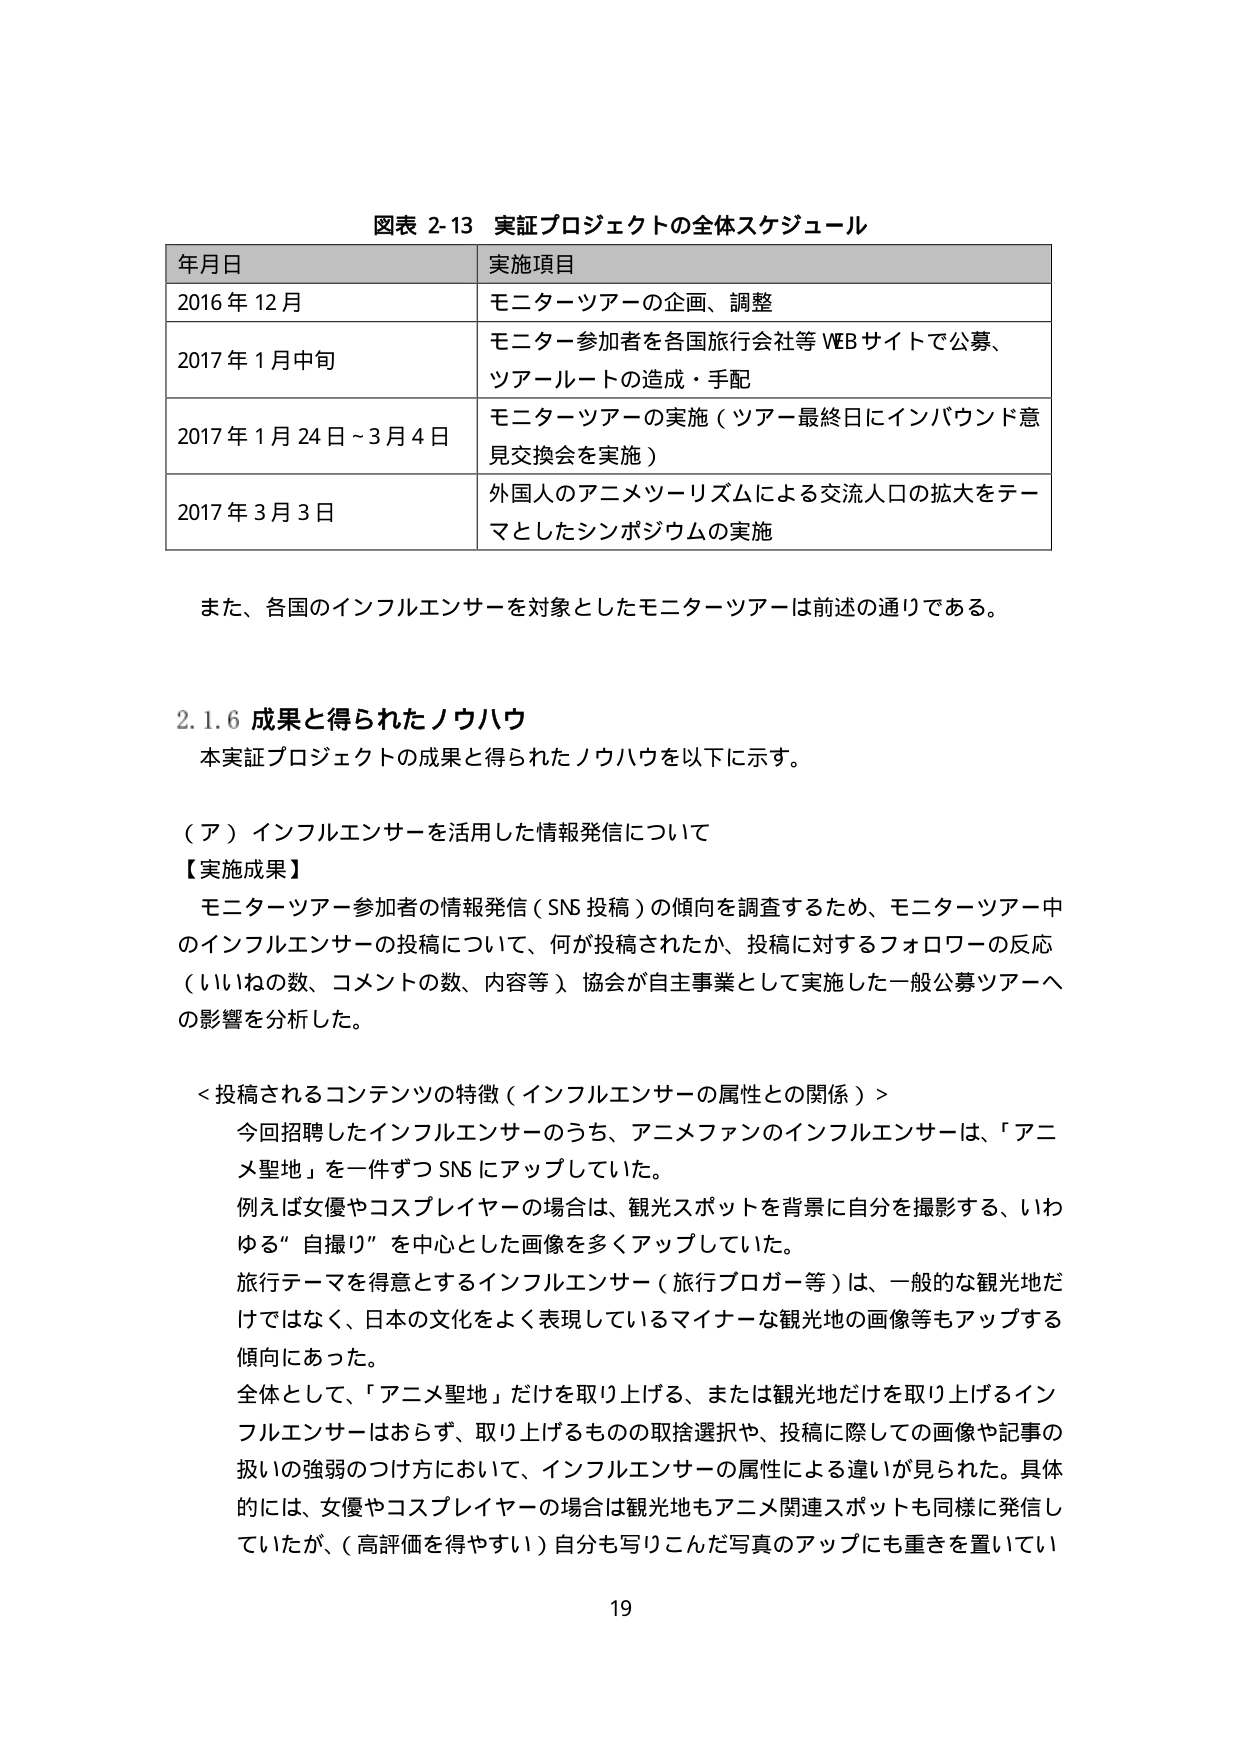
図表 2-13 実証プロジェクトの全体スケジュール

年月日 実施項目
2016年12月 モニターツアーの企画、調整
2017年1月中旬 モニター参加者を各国旅行会社等WEBサイトで公募、
ツアールートの造成・手配
2017年1月24日～3月4日 モニターツアーの実施（ツアー最終日にインバウンド意見交換会を実施）
2017年3月3日 外国人のアニメツーリズムによる交流人口の拡大をテーマとしたシンポジウムの実施

また、各国のインフルエンサーを対象としたモニターツアーは前述の通りである。

2.1.6 成果と得られたノウハウ
本実証プロジェクトの成果と得られたノウハウを以下に示す。

（ア）インフルエンサーを活用した情報発信について
【実施成果】
モニターツアー参加者の情報発信（SNS投稿）の傾向を調査するため、モニターツアー中のインフルエンサーの投稿について、何が投稿されたか、投稿に対するフォロワーの反応（いいねの数、コメントの数、内容等）、協会が自主事業として実施した一般公募ツアーへの影響を分析した。

＜投稿されるコンテンツの特徴（インフルエンサーの属性との関係）＞
今回招聘したインフルエンサーのうち、アニメファンのインフルエンサーは、「アニメ聖地」を一件ずつSNSにアップしていた。
例えば女優やコスプレイヤーの場合は、観光スポットを背景に自分を撮影する、「いわゆる”自撮り”を中心とした画像を多くアップしていた。
旅行テーマを得意とするインフルエンサー（旅行ブロガー等）は、一般的な観光地だけではなく、日本の文化をよく表現しているマイナーな観光地の画像等もアップする傾向にあった。
全体として、「アニメ聖地」だけを取り上げる、または観光地だけを取り上げるインフルエンサーはおらず、取り上げるもの の取捨選択や、投稿に際しての画像や記事の扱いの強弱のつけ方において、インフルエンサーの属性による違いが見られた。具体的には、女優やコスプレイヤーの場合は観光地もアニメ関連スポットも同様に発信していたが、（高評価を得やすい）自分も写りこんだ写真のアップにも重きを置いてい

19